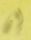
إن